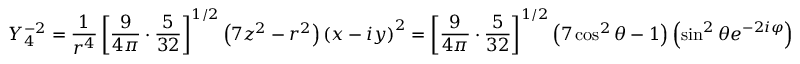
Y _ { 4 } ^ { - 2 } = { \frac { 1 } { r ^ { 4 } } } \left[ { \frac { 9 } { 4 \pi } } \cdot { \frac { 5 } { 3 2 } } \right] ^ { 1 / 2 } \left( 7 z ^ { 2 } - r ^ { 2 } \right) \left( x - i y \right) ^ { 2 } = \left[ { \frac { 9 } { 4 \pi } } \cdot { \frac { 5 } { 3 2 } } \right] ^ { 1 / 2 } \left( 7 \cos ^ { 2 } \theta - 1 \right) \left( \sin ^ { 2 } \theta e ^ { - 2 i \varphi } \right)